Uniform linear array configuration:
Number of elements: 32
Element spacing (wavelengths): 0.75
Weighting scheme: blackman
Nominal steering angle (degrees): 30
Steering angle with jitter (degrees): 29.063
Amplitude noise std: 0.05
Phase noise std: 0.05

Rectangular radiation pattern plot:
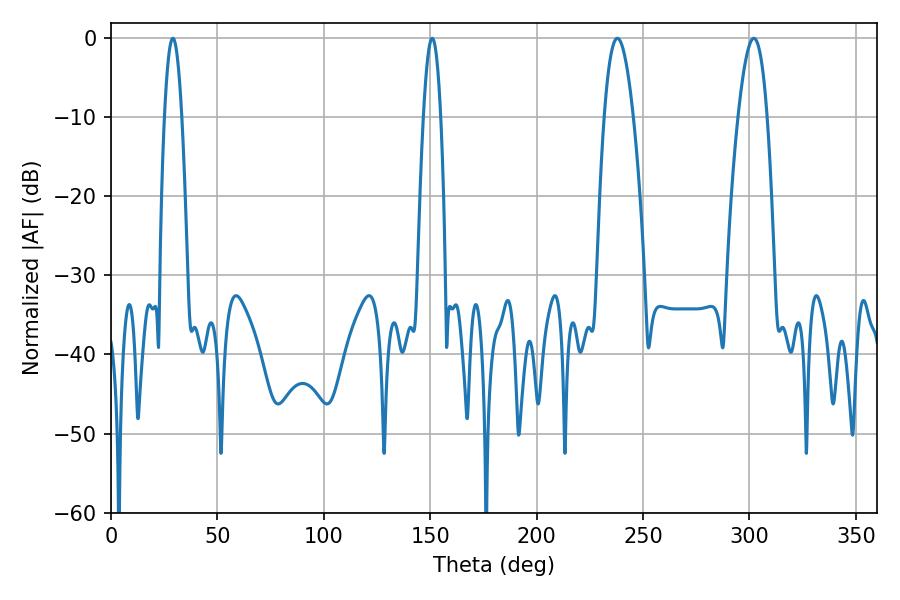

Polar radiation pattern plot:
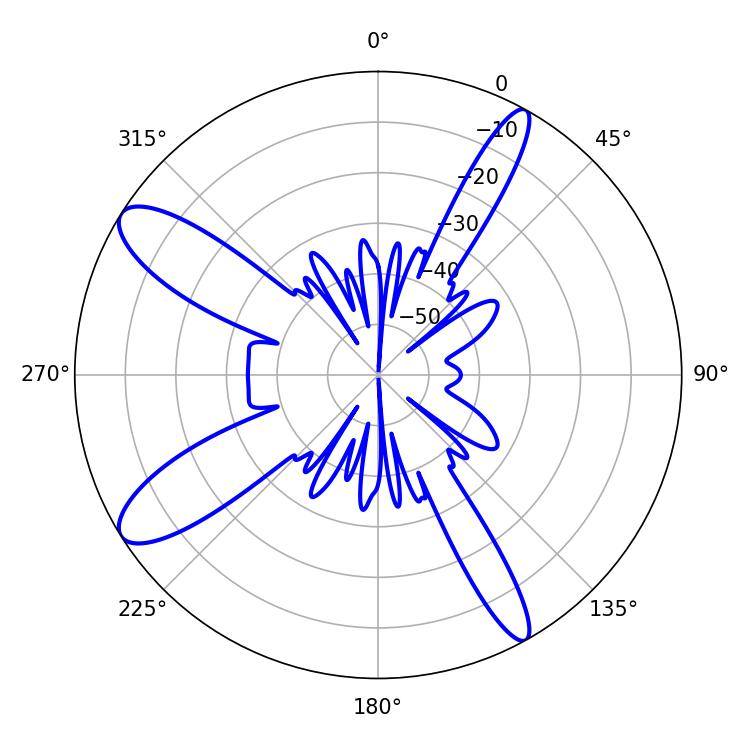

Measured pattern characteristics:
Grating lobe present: TRUE
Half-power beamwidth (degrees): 7.56
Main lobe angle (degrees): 237.96